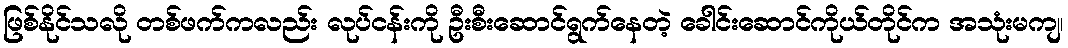
ဖြစ်နိုင်သလို တစ်ဖက်ကလည်း လုပ်ငန်းကို ဦးစီးဆောင်ရွက်နေတဲ့ ခေါင်းဆောင်ကိုယ်တိုင်က အသုံးမကျ၊